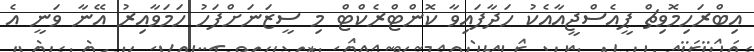
އިބްރަހިމޮވިޗް ޕީއެސްޖީއާއެކު ހަދާފައިވާ ކޮންޓްރެކްޓް މި ސީޒަނަށްފަހު ހަމަވާއިރު އޭނާ ވަނީ އެ